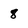
Character: 8